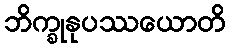
ဘိက္ခုနုပဿယောတိ